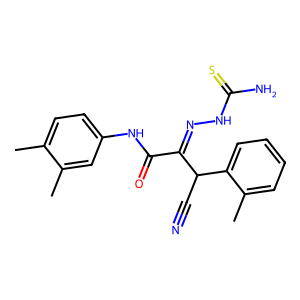
SMILES: Cc1ccc(NC(=O)C(=NNC(N)=S)C(C#N)c2ccccc2C)cc1C
Inhibits HIV replication: No